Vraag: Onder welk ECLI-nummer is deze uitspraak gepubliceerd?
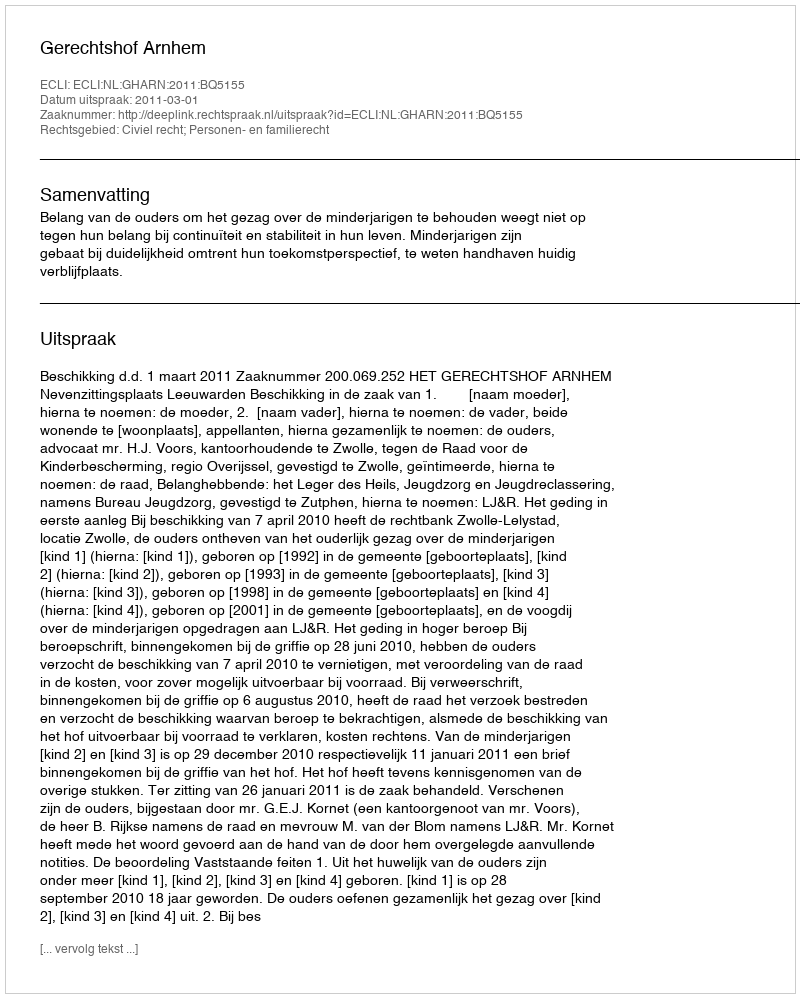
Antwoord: ECLI:NL:GHARN:2011:BQ5155